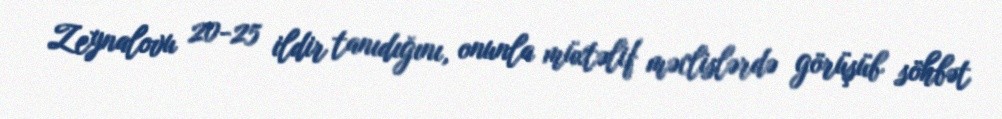
Zeynalovu 20-25 ildir tanıdığını, onunla müxtəlif məclislərdə görüşüb söhbət